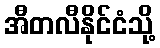
အီတလီနိုင်ငံသို့